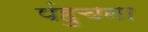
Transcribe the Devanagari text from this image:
पंहुचना